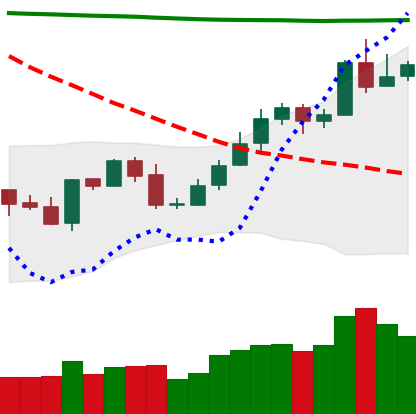
Ticker: NEO-USD
Chart end date: 2020-05-02
Forward return: 7.12%
Label: up_7plus